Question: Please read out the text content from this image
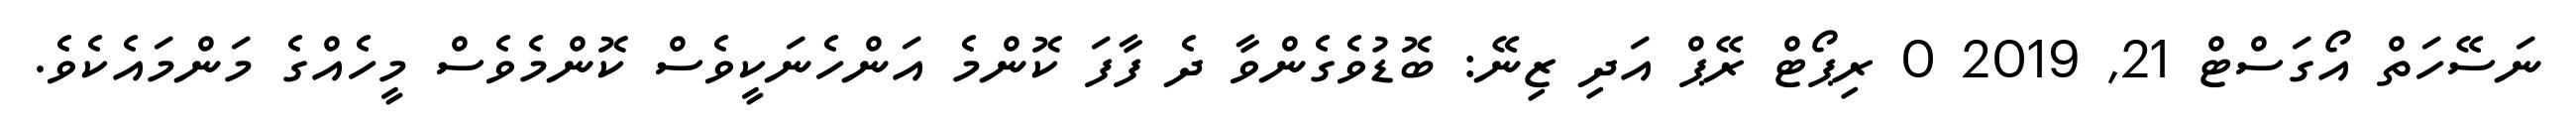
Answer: ނަސޭހަތް އޯގަސްޓް 21, 2019 0 ރިޕޯޓް ރޭޕް އަދި ޒިނޭ: ބޮޑުވެގެންވާ ދެ ފާފަ ކޮންމެ އަންހެނަކީވެސް ކޮންމެވެސް މީހެއްގެ މަންމައެކެވެ.